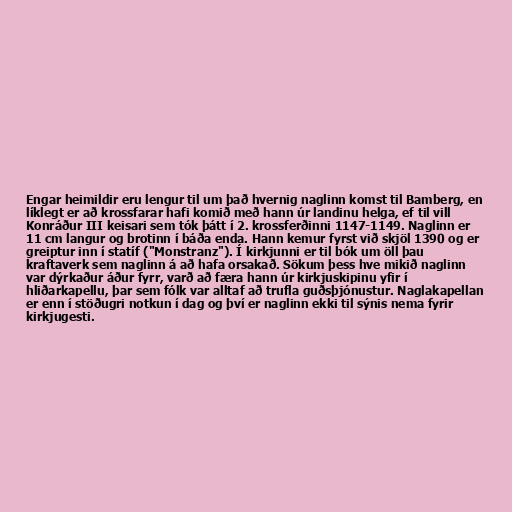
Engar heimildir eru lengur til um það hvernig naglinn komst til Bamberg, en
líklegt er að krossfarar hafi komið með hann úr landinu helga, ef til vill
Konráður III keisari sem tók þátt í 2. krossferðinni 1147-1149. Naglinn er
11 cm langur og brotinn í báða enda. Hann kemur fyrst við skjöl 1390 og er
greiptur inn í statíf ("Monstranz"). Í kirkjunni er til bók um öll þau
kraftaverk sem naglinn á að hafa orsakað. Sökum þess hve mikið naglinn
var dýrkaður áður fyrr, varð að færa hann úr kirkjuskipinu yfir í
hliðarkapellu, þar sem fólk var alltaf að trufla guðsþjónustur. Naglakapellan
er enn í stöðugri notkun í dag og því er naglinn ekki til sýnis nema fyrir
kirkjugesti.